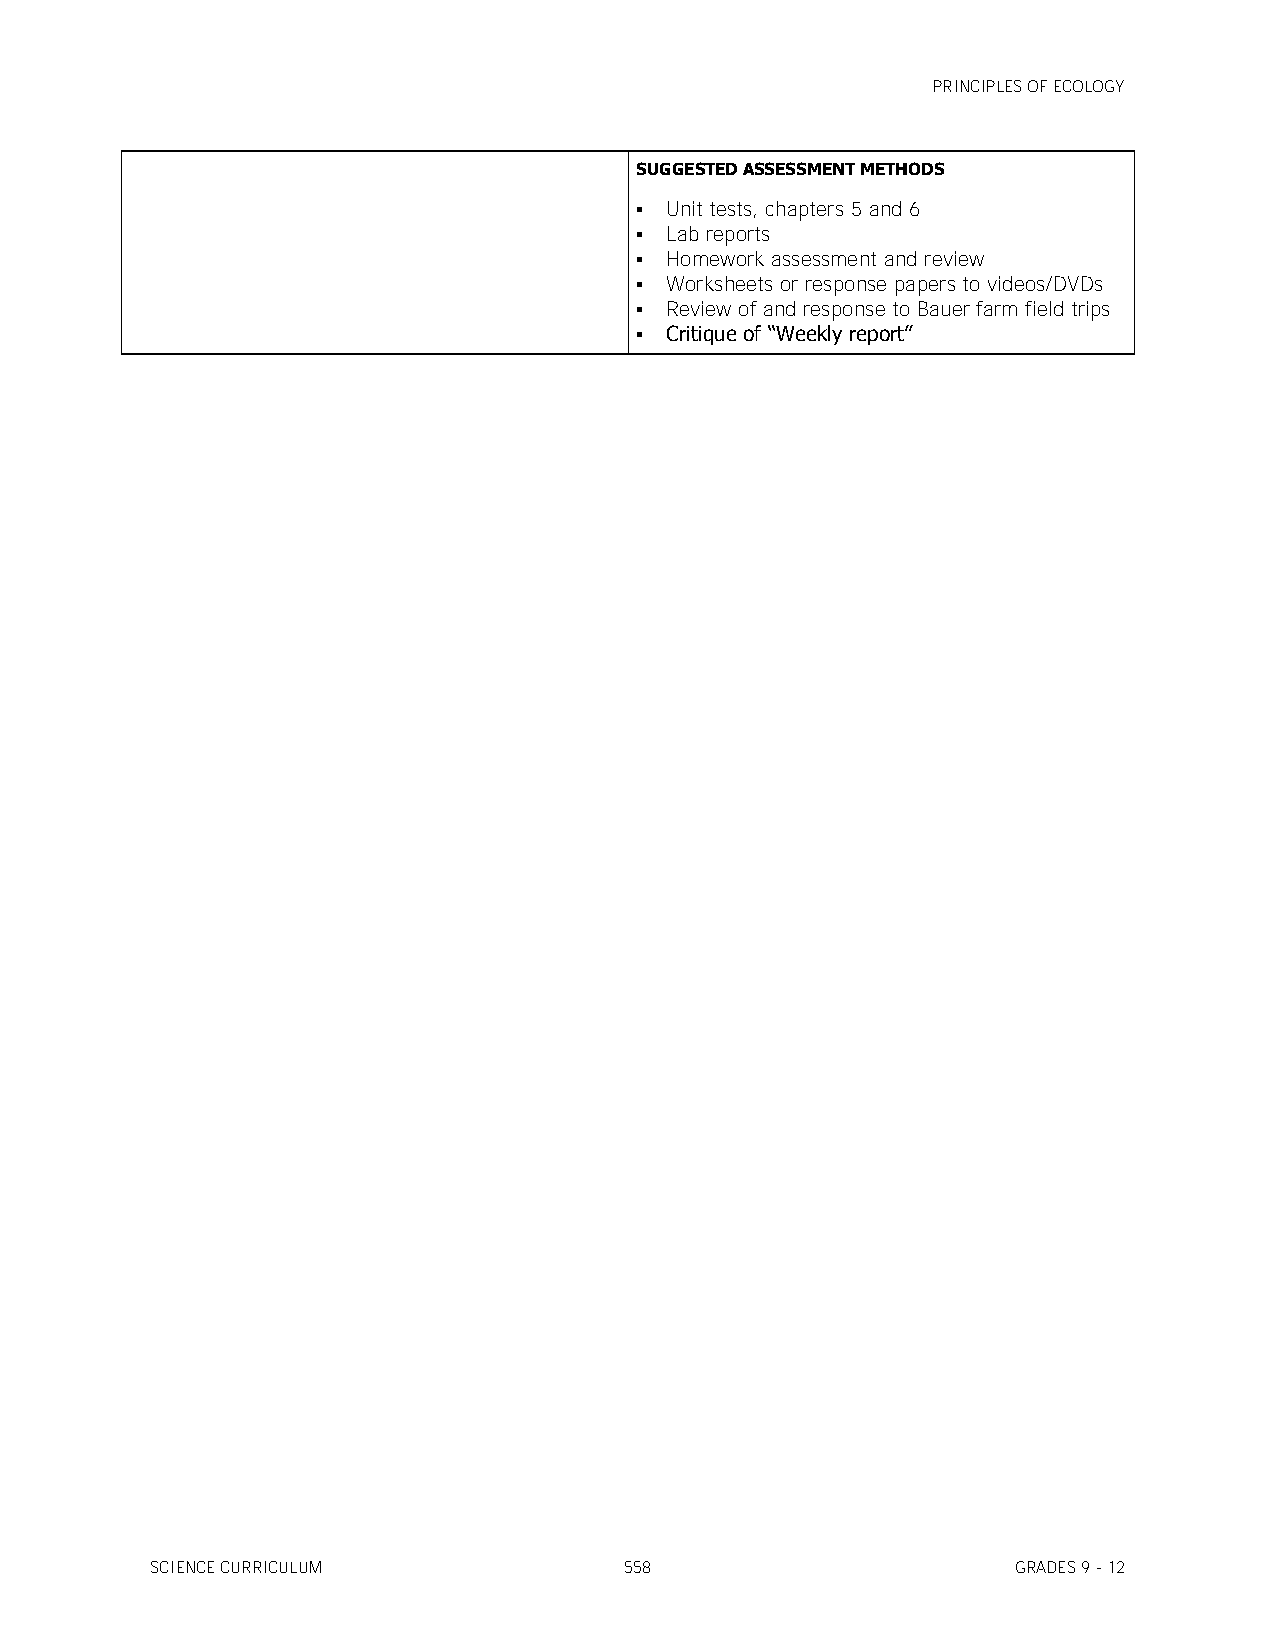
PRINCIPLES OF ECOLOGY
 SUGGESTED ASSESSMENT METHODS
  Unit tests, chapters 5 and 6
  Lab reports
  Homework assessment and review
  Worksheets or response papers to videos/DVDs
  Review of and response to Bauer farm field trips
  Critique of ―Weekly report‖
 SCIENCE CURRICULUM             558                       GRADES 9 - 12